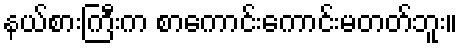
နယ်စားကြီးက စာကောင်းကောင်းမတတ်ဘူး။